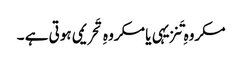
مکروہِ تَنزیہی یا مکروہِ تَحریمی ہوتی ہے ۔